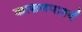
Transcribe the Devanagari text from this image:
काञ्चनपार्श्व